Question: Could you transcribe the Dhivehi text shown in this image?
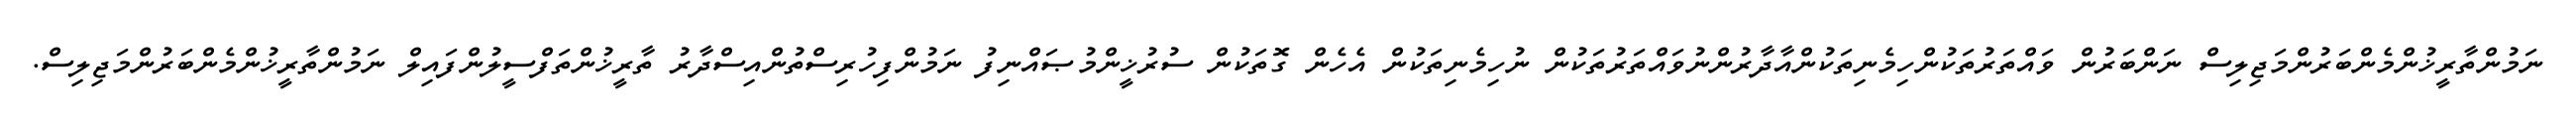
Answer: ނަމުންތާރީޚުންމެންބަރުންމަޖިލިސް ނަންބަރުން ވައްތަރުތަކުންހިމެނިތަކުންއާދާރުންނުވައްތަރުތަކުން ނުހިމެނިތަކުން އެހެން ގޮތަކުން ސުރުޚީންމުޞައްނިފު ނަމުންފިހުރިސްތުންއިސްދާރު ތާރީޚުންތަފްސީލުންފައިލް ނަމުންތާރީޚުންމެންބަރުންމަޖިލިސް.